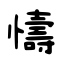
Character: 懤